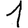
Digit: 1